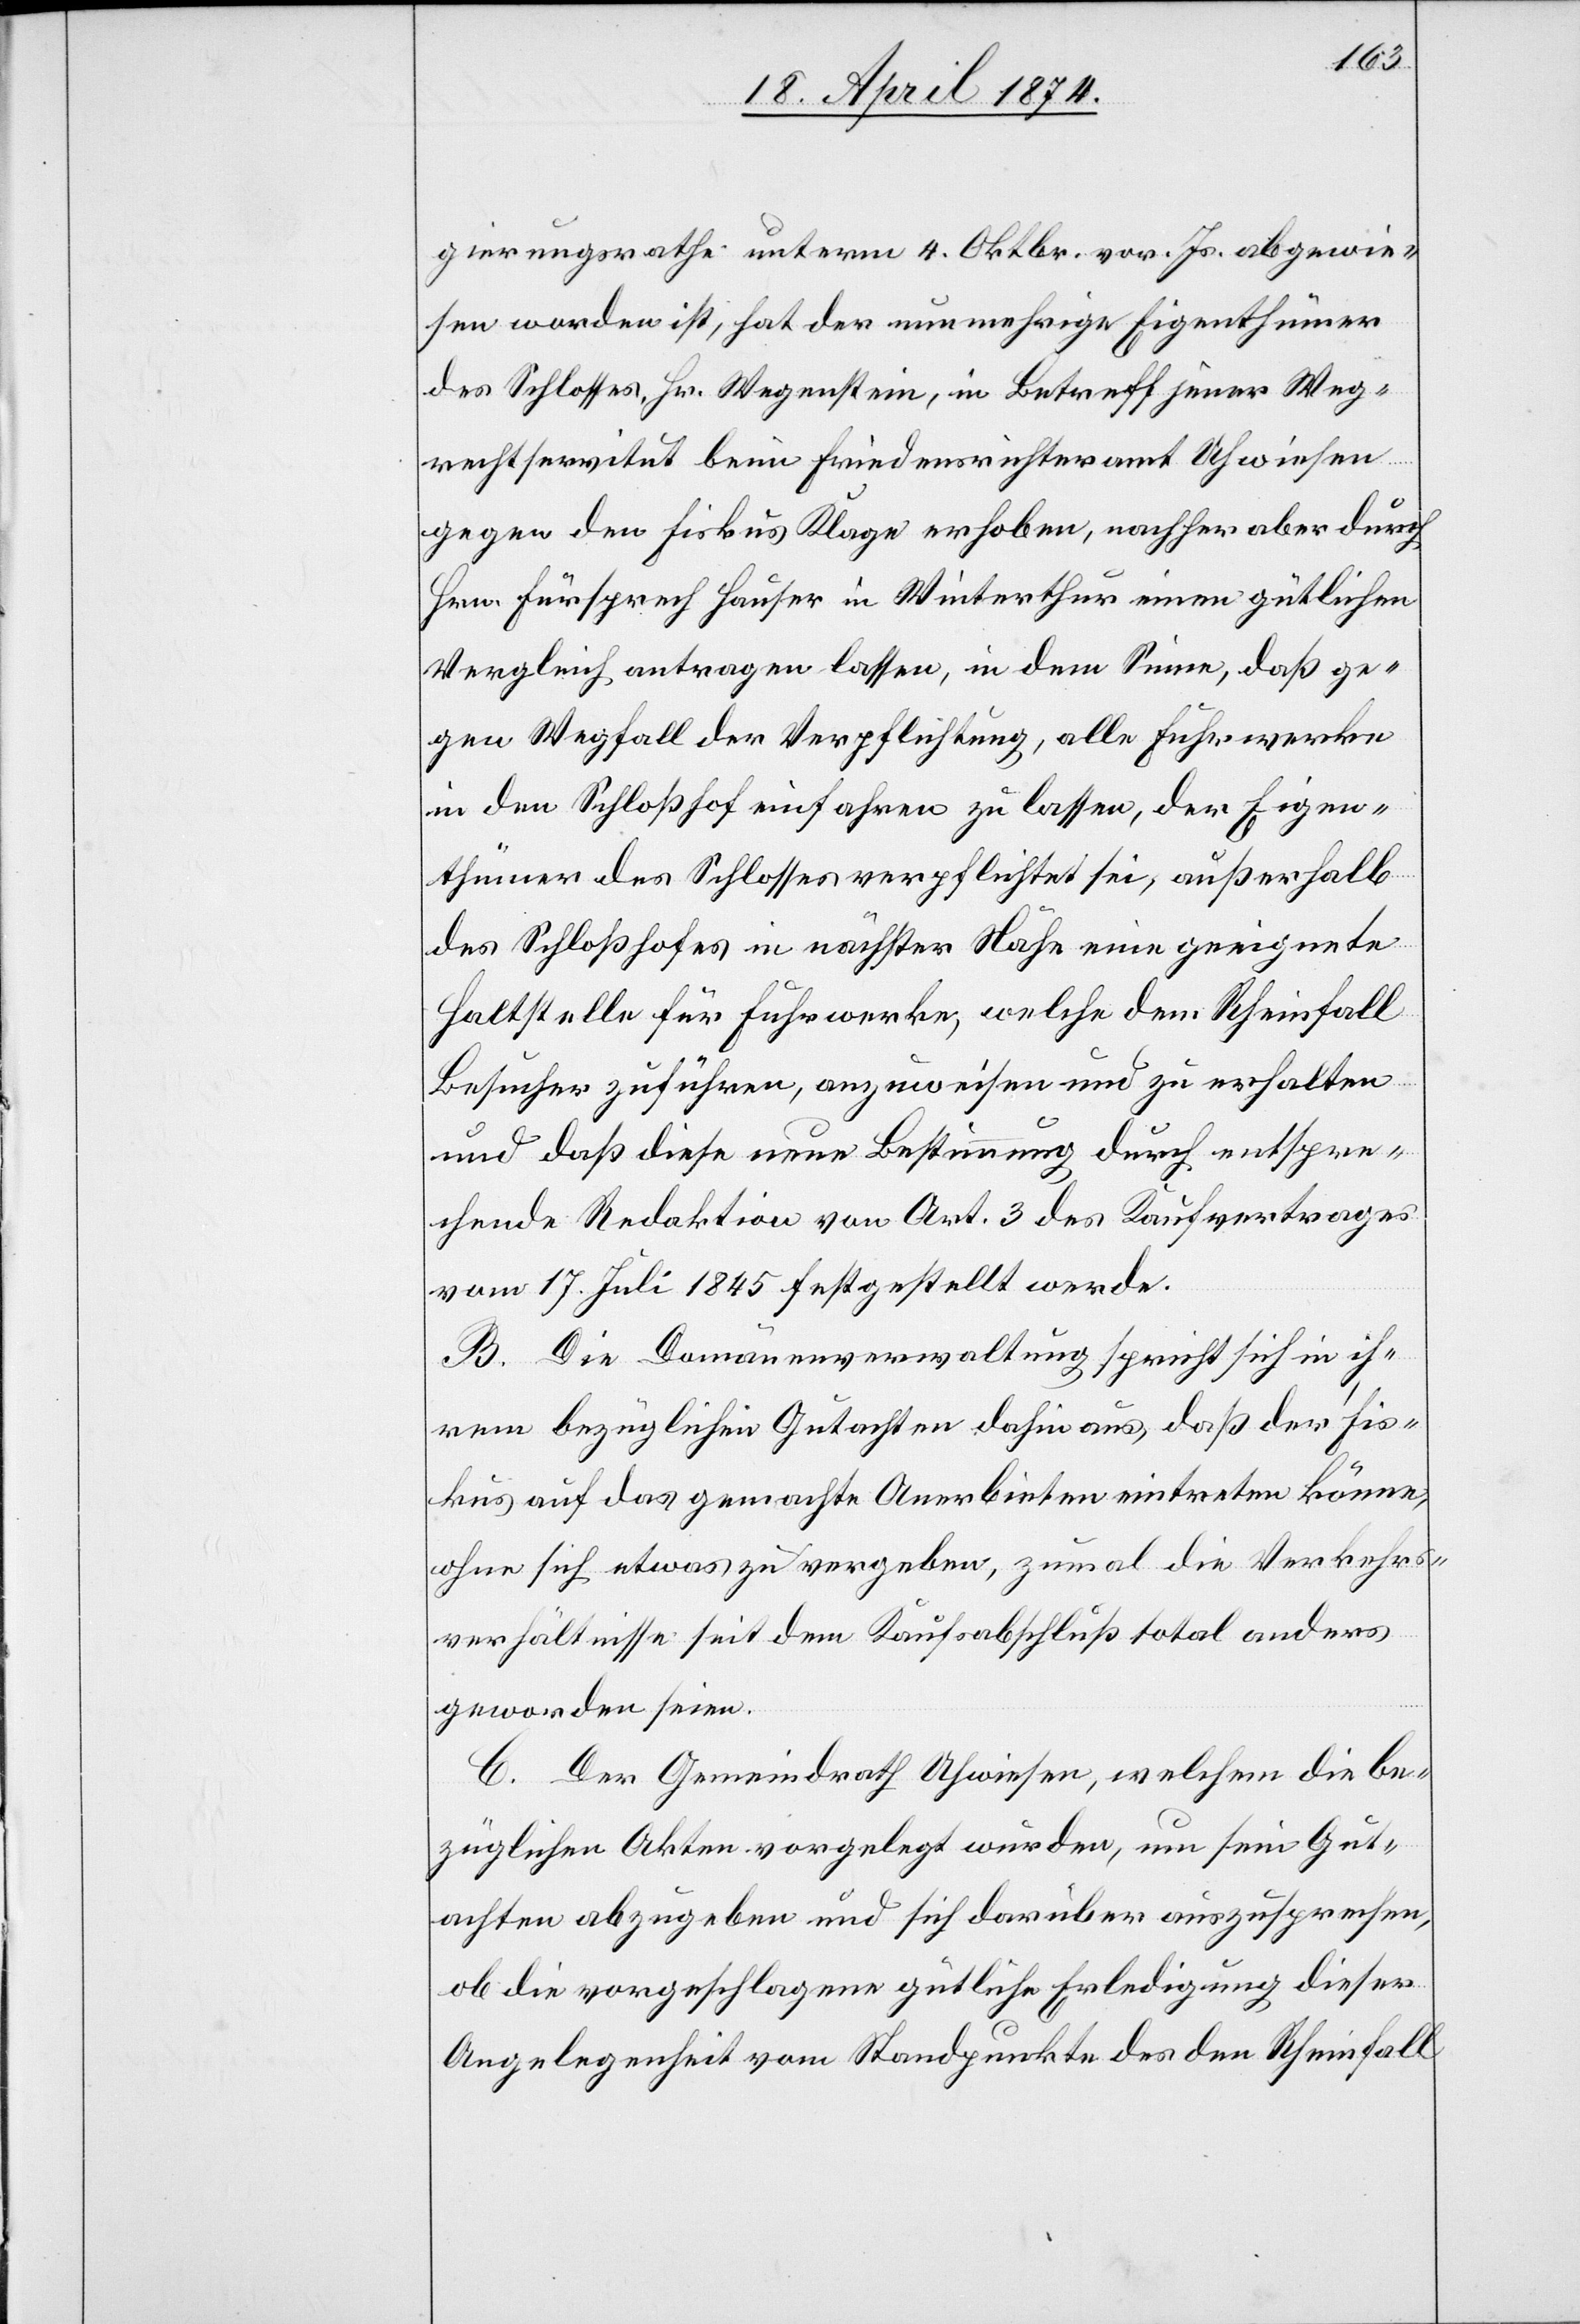
gierungsrathe unterm 4. Oktbr. vor. Js. abgewie¬
sen worden ist, hat der nunmehrige Eigenthümer
des Schlosses, Hr. Wegenstein, in Betreff jener Weg¬
rechtsservitut beim Friedensrichteramt Uhwiesen
gegen den Fiskus Klage erhoben, nachher aber durch
Hrn. Fürsprech Hauser in Winterthur einen gütlichen
Vergleich antragen lassen, in dem Sinne, daß ge¬
gen Wegfall der Verpflichtung, alle Fuhrwerke
in den Schloßhof einfahren zu lassen, der Eigen¬
thümer des Schlosses verpflichtet sei, außerhalb
des Schloßhofes in nächster Nähe eine geeignete
Haltstelle für Fuhrwerke, welche dem Rheinfall
Besucher zuführen, anzuweisen und zu erhalten
und daß diese neue Bestimmung durch entspre¬
chende Redaktion von Art. 3 des Kaufvertrages
vom 17. Juli 1845 festgestellt werde.
B. Die Domänenverwaltung spricht sich in ih¬
rem bezüglichen Gutachten dahin aus, daß der Fis¬
kus auf das gemachte Anerbieten eintreten könne,
ohne sich etwas zu vergeben, zumal die Verkehrs¬
verhältnisse seit dem Kaufsabschluß total anders
geworden seien.
C. Der Gemeindrath Uhwiesen, welchem die be¬
züglichen Akten vorgelegt wurden, um sein Gut¬
achten abzugeben und sich darüber auszusprechen,
ob die vorgeschlagene gütliche Erledigung dieser
Angelegenheit vom Standpunkte des den Rheinfall